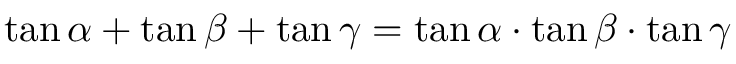
\tan \alpha + \tan \beta + \tan \gamma = \tan \alpha \cdot \tan \beta \cdot \tan \gamma